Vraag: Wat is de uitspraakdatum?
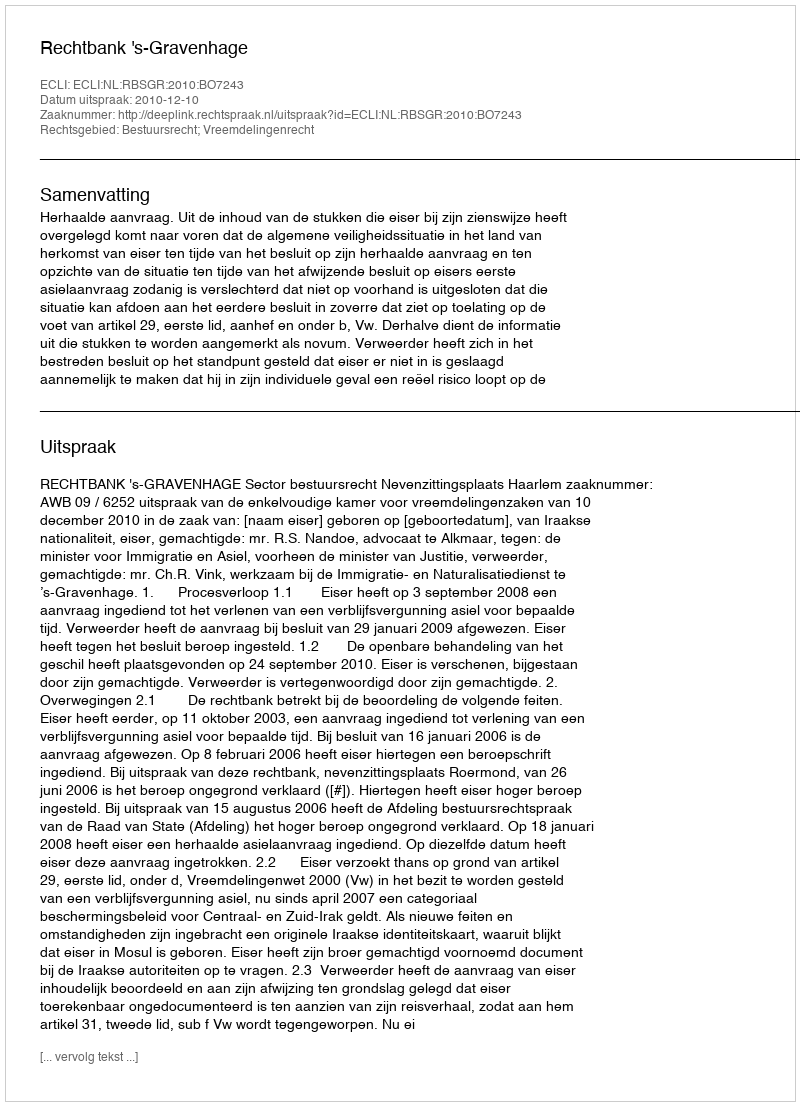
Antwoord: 2010-12-10